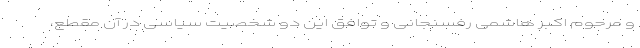
و مرحوم اکبر هاشمی رفسنجانی و توافق این دو شخصیت سیاسی در آن مقطع،